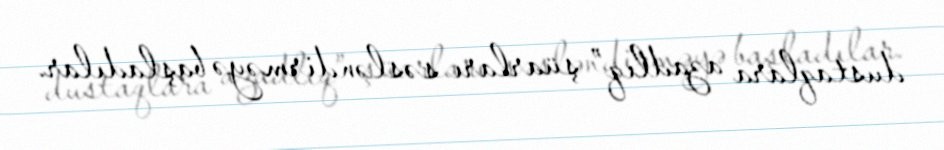
dustaqlara azadlıq” şüarları səsləndirməyə başladılar.